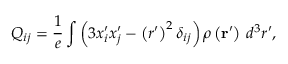
Q _ { i j } = { \frac { 1 } { e } } \int \left( 3 x _ { i } ^ { \prime } x _ { j } ^ { \prime } - \left( r ^ { \prime } \right) ^ { 2 } \delta _ { i j } \right) \rho \left( \mathbf { r } ^ { \prime } \right) \, d ^ { 3 } r ^ { \prime } ,